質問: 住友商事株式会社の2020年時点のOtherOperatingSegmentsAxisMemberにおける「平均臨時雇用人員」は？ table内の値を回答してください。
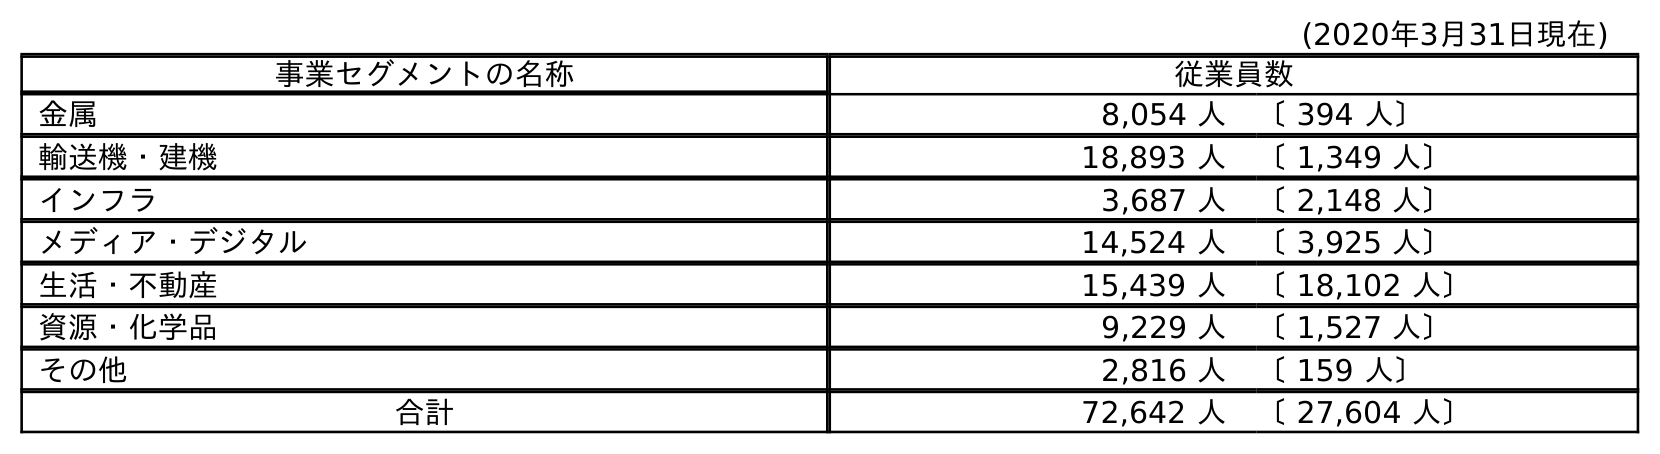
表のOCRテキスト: (2020年3月31日現在) 事業セグメントの名称 従業員数 金属 8,054 人 〔 394 人〕 輸送機・建機 18,893 人 〔 1,349 人〕 インフラ 3,687 人 〔 2,148 人〕 メディア・デジタル 14,524 人 〔 3,925 人〕 生活・不動産 15,439 人 〔 18,102 人〕 資源・化学品 9,229 人 〔 1,527 人〕 その他 2,816 人 〔 159 人〕 合計 72,642 人 〔 27,604 人〕
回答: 〔159人〕